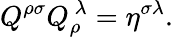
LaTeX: Q^{\rho\sigma}Q_{\rho}^{\ \lambda}=\eta^{\sigma\lambda}.